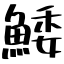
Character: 鯘